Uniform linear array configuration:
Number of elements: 24
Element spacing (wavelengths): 1
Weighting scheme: kaiser
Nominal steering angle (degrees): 45
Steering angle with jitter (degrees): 46.27
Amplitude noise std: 0.05
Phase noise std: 0.05

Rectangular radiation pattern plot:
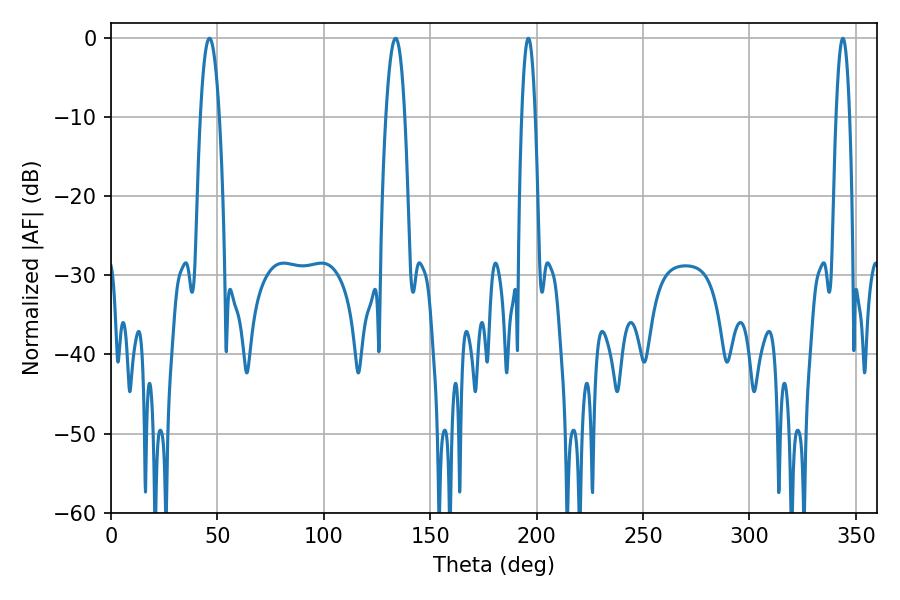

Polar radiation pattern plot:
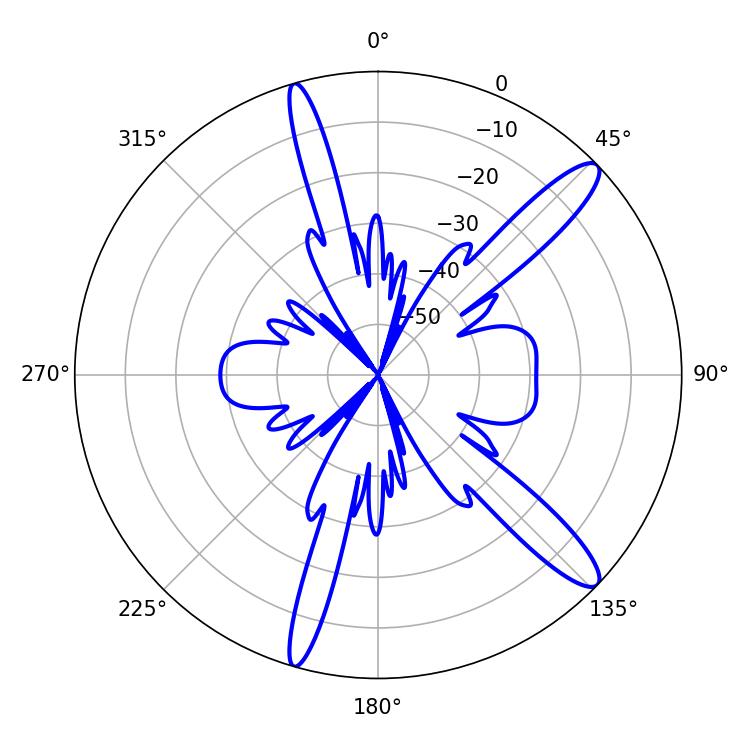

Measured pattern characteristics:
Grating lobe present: TRUE
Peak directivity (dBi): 13.12
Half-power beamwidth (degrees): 4.86
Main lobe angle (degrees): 46.26